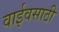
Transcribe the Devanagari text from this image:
वाईवसाठी